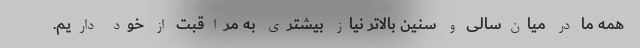
همه ما در میان‌سالی و سنین بالاتر نیاز بیشتری به مراقبت از خود داریم.